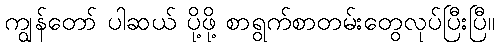
ကျွန်တော် ပါဆယ် ပို့ဖို့ စာရွက်စာတမ်းတွေလုပ်ပြီးပြီ။